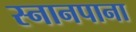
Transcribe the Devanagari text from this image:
स्नानपाना